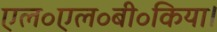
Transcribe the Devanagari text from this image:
एल॰एल॰बी॰किया।